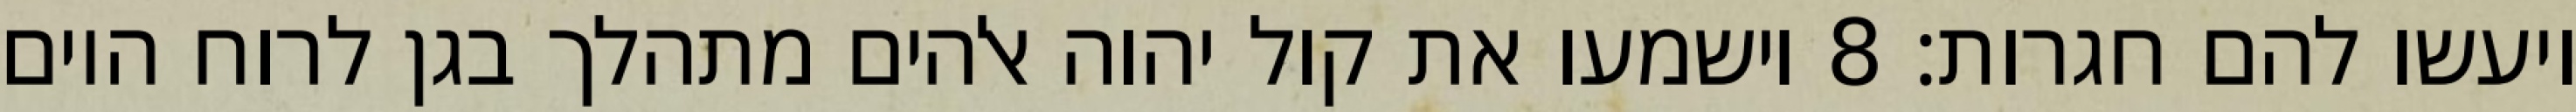
ויעשו להם חגרות׃ ‎8‏ וישמעו את קול יהוה אלהים מתהלך בגן לרוח היום